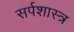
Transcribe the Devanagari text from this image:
सर्पशास्त्र